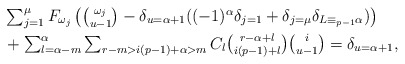
\begin{align*}& \textstyle \sum_{j = 1}^\mu F_{\omega_j} \left({\omega_j \choose u-1} - \delta_{u=\alpha+1}((-1)^\alpha\delta_{j=1}+\delta_{j=\mu}\delta_{L \equiv_{p-1} \alpha})\right) \\ & \textstyle + \sum_{l=\alpha-m}^\alpha \sum_{r - m > i(p-1)+\alpha > m} C_l {r-\alpha+l \choose i(p-1) +l} {i \choose u-1} = \delta_{u=\alpha+1},\end{align*}